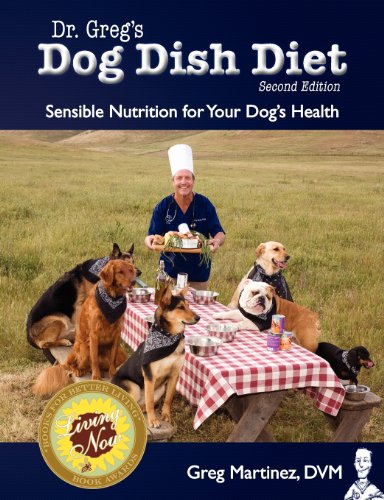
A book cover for Dr. Greg's Dog Dish Diet: Sensible Nutrition For Your Dog's Health (Second Edition); Greg Martinez DVM; Crafts, Hobbies & Home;